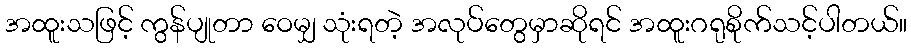
အထူးသဖြင့် ကွန်ပျုတာ ဝေမျှ သုံးရတဲ့ အလုပ်တွေမှာဆိုရင် အထူးဂရုစိုက်သင့်ပါတယ်။